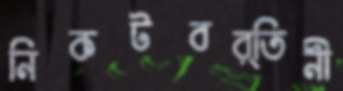
নিকটবর্তিনী